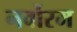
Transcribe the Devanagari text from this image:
नर्वोरम